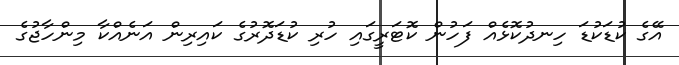
އޭގެ ކުޑަކުޑަ ހިނދުކޮޅެއް ފަހުން ކޮޓަރީގައި ހުރި ކުޑަދޮރުގެ ކައިރިން އަނެއްކާ މިންހާޖުގެ